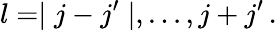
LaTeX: l=\mid j-j^{\prime}\mid,...,j+j^{\prime}\, .